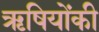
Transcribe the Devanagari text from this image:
ऋषियोंकी